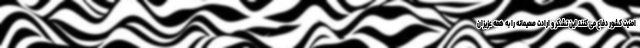
امنیت کشور دفاع می کنند این تشکر و ارادت صمیمانه را به همه عزیزان